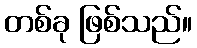
တစ်ခု ဖြစ်သည်။